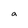
Character: a